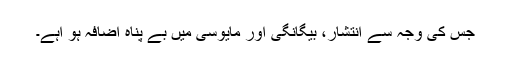
جس کی وجہ سے انتشار، بیگانگی اور مایوسی میں بے پناہ اضافہ ہو اہے۔